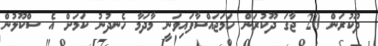
ދޫކުރަން 20 ޖާގަ ދޫކުރަން ހަމަޖައްސާފައިވަނީ މާދަމާ ހެނދުނު ކަމަށް އެ ސްކޫލުން